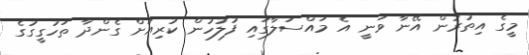
މީގެ އިތުރުން އޭނާ ވަނީ އެ މައްސަލާގައި ފުލުހުން ކުރިއަށް ގެންދާ ތަހުގީގުގެ